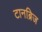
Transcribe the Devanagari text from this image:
टानब्रिज